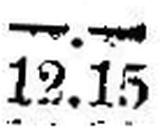
12.15